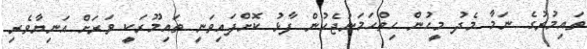
ތައިމުރުގެ ނަމާ މެދު މީހުން ހިތްހަމަނުޖެހުން ފާޅު ކޮށްފައިވަނީ ތައިމޫރަކީ ވަރަށް އަނިޔާވެރި